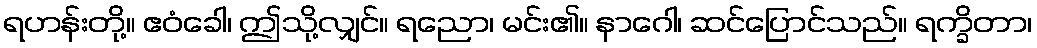
ရဟန်းတို့။ ဧဝံခေါ၊ ဤသို့လျှင်။ ရညော၊ မင်း၏။ နာဂေါ၊ ဆင်ပြောင်သည်။ ရက္ခိတာ၊